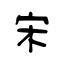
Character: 宋